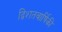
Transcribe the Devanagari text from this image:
द्विशतवार्षिकी